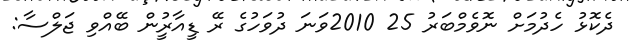
ދެކޮޅު ހެދުމަށް ނޮވެމްބަރު 25 2010ވަނަ ދުވަހުގެ ރޭ ޑީއާރުީން ބޭއްވި ޖަލްސާ: